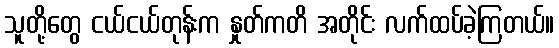
သူတို့တွေ ငယ်ငယ်တုန်းက နှုတ်ကတိ အတိုင်း လက်ထပ်ခဲ့ကြတယ်။